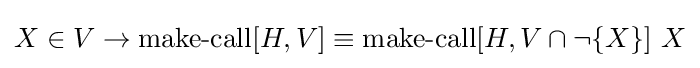
X\in V\to \operatorname {make-call} [H,V]\equiv \operatorname {make-call} [H,V\cap \neg \{X\}]\ X